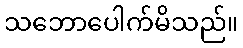
သဘောပေါက်မိသည်။